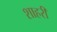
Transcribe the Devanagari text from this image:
शाहरी